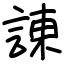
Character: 諌